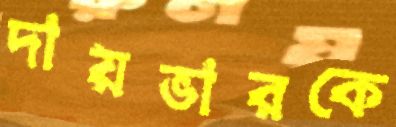
দায়ভারকে